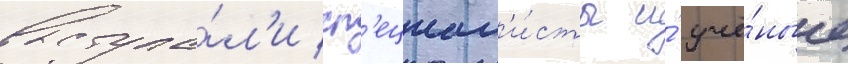
выступа́л'и сп'ециал'и́сты и́ учё́ные